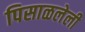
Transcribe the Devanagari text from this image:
पिसाळलेली